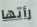
رأتها